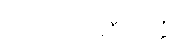
သံဃသာမဂ္ဂီသုတ္တံ